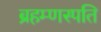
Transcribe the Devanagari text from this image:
ब्रहम्णस्पति